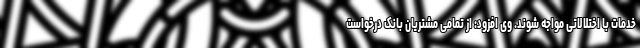
خدمات با اختلالاتی مواجه شوند. وی افزود: از تمامی مشتریان بانک درخواست